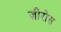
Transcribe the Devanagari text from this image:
ज़ीरोस